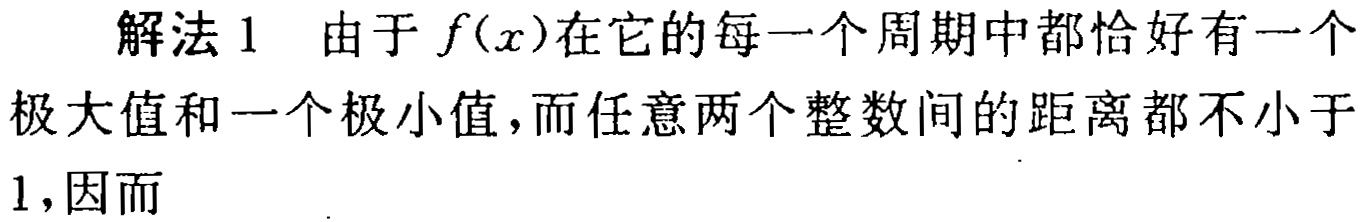
解法1 由于 \(f(x)\)在它的每一个周期中都恰好有一个极大值和一个极小值,而任意两个整数间的距离都不小于1,因而